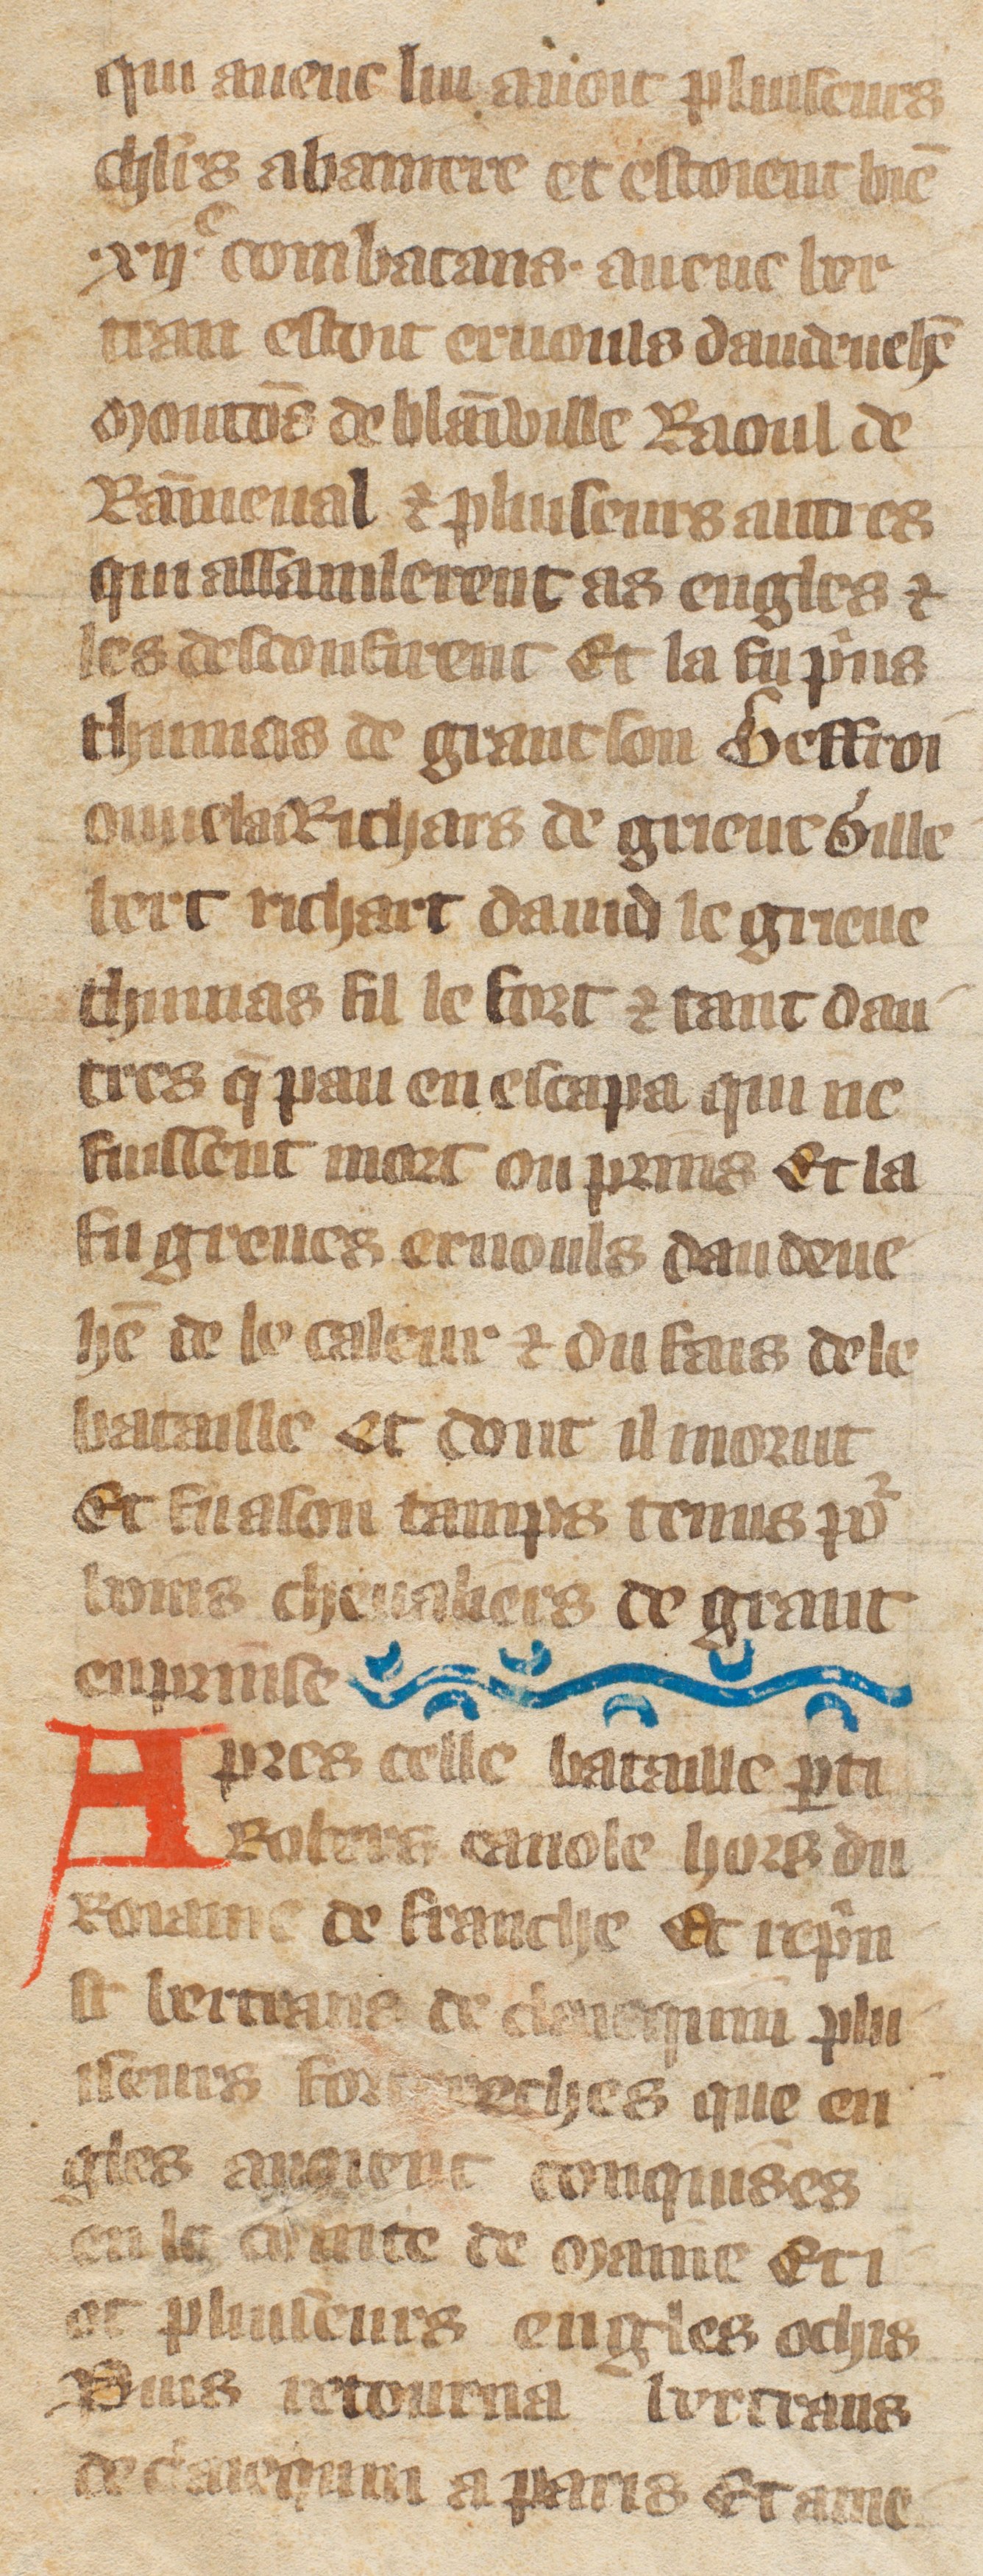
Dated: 1385–1515